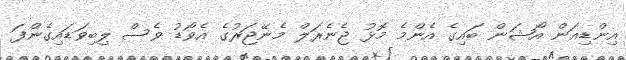
އިންޑިއަން އޯޝަން ބައިގެ އެންމެ މޮޅު ޖެނެރަލް މެނޭޖަރުގެ އެވޯޑު ވެސް ލިބިވަޑައިގެންފަ